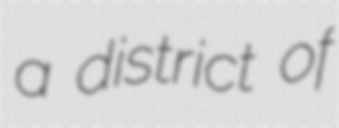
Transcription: a district of